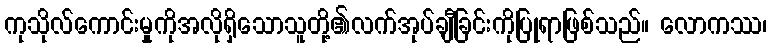
ကုသိုလ်ကောင်းမှုကိုအလိုရှိသောသူတို့၏လက်အုပ်ချီခြင်းကိုပြုရာဖြစ်သည်။ လောကဿ၊